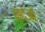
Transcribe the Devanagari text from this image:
कदेओ